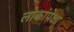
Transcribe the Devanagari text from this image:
लोकांपेक्षा